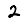
Digit: 2